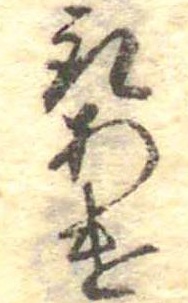
取あけ